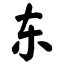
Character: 东